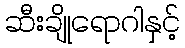
ဆီးချိုရောဂါနှင့်